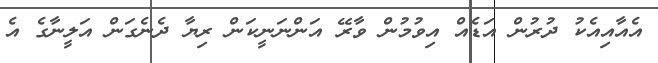
އެއާއިއެކު ދުރުން އަޑެއް އިވުމުން ވާރޭ އަންނަނީކަން ރިޔާ ދެނެގަން އަލީނާގެ އެ